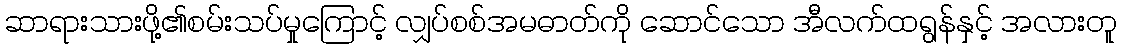
ဆာရားသားဖို့၏စမ်းသပ်မှုကြောင့် လျှပ်စစ်အမဓာတ်ကို ဆောင်သော အီလက်ထရွန်နှင့် အလားတူ